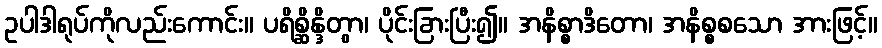
ဥပါဒါရုပ်ကိုလည်းကောင်း။ ပရိစ္ဆိန္ဒိတွာ၊ ပိုင်းခြားပြီး၍။ အနိစ္စာဒိတော၊ အနိစ္စစသော အားဖြင့်။